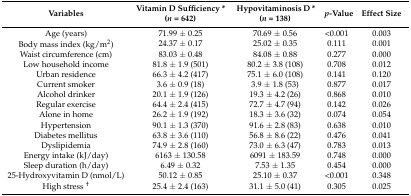
| Variables | Vitamin D Sufficiency * (n = 642) | Hypovitaminosis D * (n = 138) | p-Value | Effect Size |
 | --- | --- | --- | --- | --- |
 | Age (years) | 71.99 ± 0.25 | 70.69 ± 0.56 | <0.001 | 0.003 |
 | Body mass index (kg/m2) | 24.37 ± 0.17 | 25.02 ± 0.35 | 0.111 | 0.001 |
 | Waist circumference (cm) | 83.03 ± 0.48 | 84.08 ± 0.88 | 0.277 | 0.000 |
 | Low household income | 81.8 ± 1.9 (501) | 80.2 ± 3.8 (108) | 0.708 | 0.012 |
 | Urban residence | 66.3 ± 4.2 (417) | 75.1 ± 6.0 (108) | 0.141 | 0.120 |
 | Current smoker | 3.6 ± 0.9 (18) | 3.9 ± 1.8 (53) | 0.877 | 0.017 |
 | Alcohol drinker | 20.1 ± 1.9 (126) | 19.3 ± 4.2 (26) | 0.868 | 0.010 |
 | Regular exercise | 64.4 ± 2.4 (415) | 72.7 ± 4.7 (94) | 0.142 | 0.026 |
 | Alone in home | 26.2 ± 1.9 (192) | 18.3 ± 3.6 (32) | 0.074 | 0.054 |
 | Hypertension | 90.1 ± 1.3 (370) | 91.6 ± 2.8 (83) | 0.638 | 0.010 |
 | Diabetes mellitus | 63.8 ± 3.6 (110) | 56.8 ± 8.6 (22) | 0.476 | 0.041 |
 | Dyslipidemia | 74.9 ± 2.8 (160) | 73.0 ± 6.3 (47) | 0.783 | 0.013 |
 | Energy intake (kJ/day) | 6163 ± 130.58 | 6091 ± 183.59 | 0.748 | 0.000 |
 | Sleep duration (h/day) | 6.49 ± 0.32 | 7.53 ± 1.35 | 0.454 | 0.000 |
 | 25-Hydroxyvitamin D (nmol/L) | 50.12 ± 0.85 | 25.10 ± 0.37 | <0.001 | 0.348 |
 | High stress † | 25.4 ± 2.4 (163) | 31.1 ± 5.0 (41) | 0.305 | 0.025 |